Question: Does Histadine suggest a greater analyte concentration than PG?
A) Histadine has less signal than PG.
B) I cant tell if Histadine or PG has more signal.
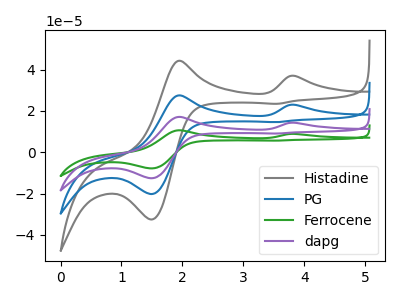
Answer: <think>The gray curve "Histadine" has anodic peaks at (3.85V, 37.00uA) (1.95V, 44.30uA) and cathodic peaks at (1.50V, -32.55uA) (3.55V, 23.50uA). The blue curve "PG" has anodic peaks at (3.85V, 23.00uA) (1.95V, 27.55uA) and cathodic peaks at (1.50V, -20.25uA) (3.55V, 14.60uA). The green curve "Ferrocene" has anodic peaks at (3.85V, 68.95uA) (1.95V, 82.65uA) and cathodic peaks at (1.50V, -60.75uA) (3.55V, 43.80uA). The purple curve "dapg" has anodic peaks at (3.85V, 45.95uA) (1.95V, 55.10uA) and cathodic peaks at (1.50V, -40.50uA) (3.55V, 29.20uA).
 All the peaks in "Histadine" have a peak in "PG" at the same potential.</think>
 <answer>B) I cant tell if "Histadine" or "PG" has more signal.</answer>
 <eval>B</eval>